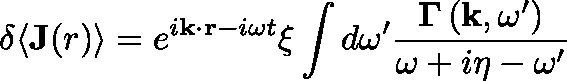
\delta \langle \mathbf { J } ( r ) \rangle = e ^ { i \mathbf { k } \cdot \mathbf { r } - i \omega t } \xi \int d \omega ^ { \prime } \frac { \mathbf { \Gamma } \left( \mathbf { k } , \omega ^ { \prime } \right) } { \omega + i \eta - \omega ^ { \prime } }